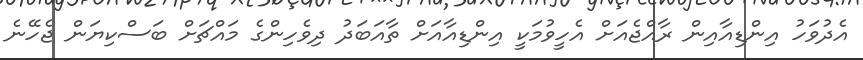
އެދުވަހު އިންޑިއާއިން ރާއްޖެއަށް އެހީވުމަކީ އިންޑިއާއަށް ތާއަބަދު ދިވެހިންގެ މައްޗަށް ބަސްކިޔަން ޖެހޭނެ